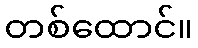
တစ်ထောင်။